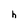
Character: h